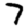
Digit: 7